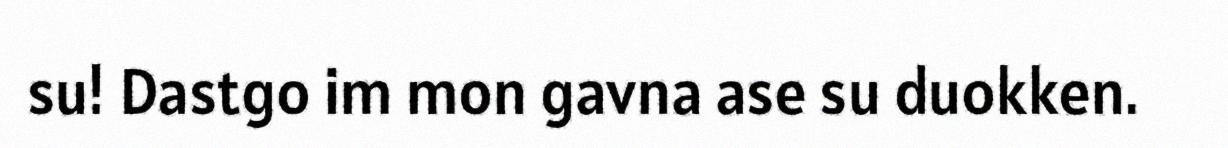
su! Dastgo im mon gavna ase su duokken.